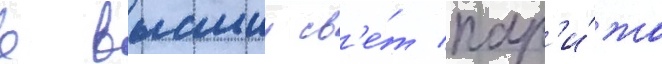
в высшии св'е́т пар'и́жа